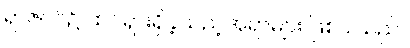
ရာဇဝင်၌ ထင်ရှားရှိခဲ့သည့်အရာများ ဖြစ်ပါသည်။